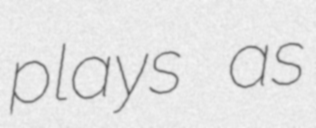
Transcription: plays as